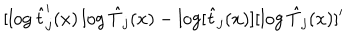
LaTeX: [ \log \hat { t } _ { j } ^ { \prime } ( x ) \log \hat { T } _ { j } ( x ) - \log [ \hat { t } _ { j } ( x ) ] [ \log \hat { T } _ { j } ( x ) ] ^ { \prime }